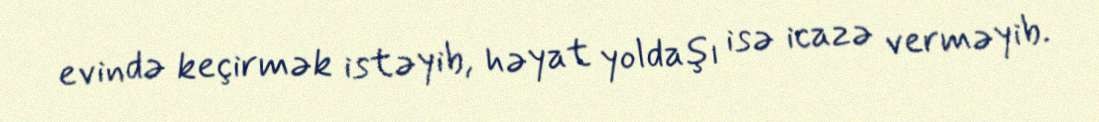
evində keçirmək istəyib, həyat yoldaşı isə icazə verməyib.